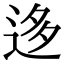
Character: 迻